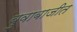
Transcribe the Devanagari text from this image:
बुवाबाजीत